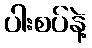
ပါးစပ်နဲ့